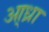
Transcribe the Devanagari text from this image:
आ्ध्रा